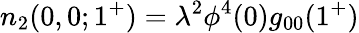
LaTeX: n_{2}(0,0;1^{+})=\lambda^{2}\phi^{4}(0)g_{00}(1^{+})